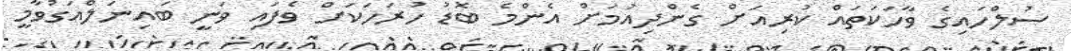
ސުލްހައިގެ ވާހަކަތައް ކުރިއަށް ގެންދިއުމަށް އެންމެ ބޮޑު ހުރަހަކަށް ވެފައި ވަނީ ބައިނަލްއަގުވާމީ